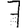
Digit: 7